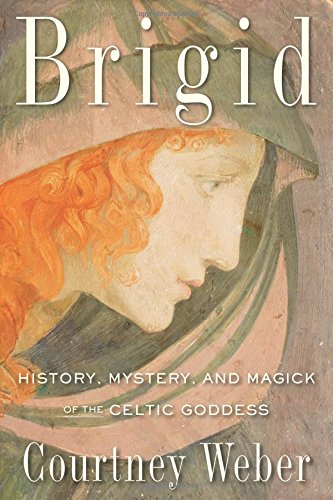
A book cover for Brigid: History, Mystery, and Magick of the Celtic Goddess; Courtney Weber; Religion & Spirituality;